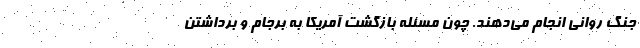
جنگ روانی انجام می‌دهند. چون مسئله بازگشت آمریکا به برجام و برداشتن